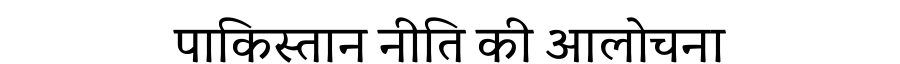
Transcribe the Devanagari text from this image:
पाकिस्तान नीति की आलोचना